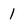
Character: 1